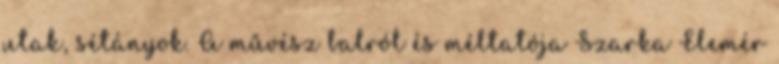
utak, sétányok. A művész balról és méltatója Szarka Elemér